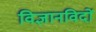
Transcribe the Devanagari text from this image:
विज्ञानविदों